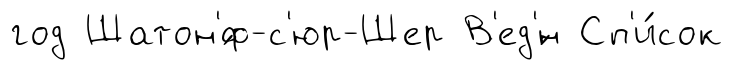
год Шатон'́ф-с'юр-Шер В'ед'́н Сп'и́сок